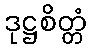
ဒုဋ္ဌစိတ္တံ